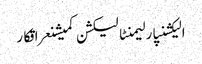
الیکشنپارلیمنٹالیکشن کمیشنعراقکار